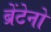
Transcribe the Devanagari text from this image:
ब्रेंटेनो